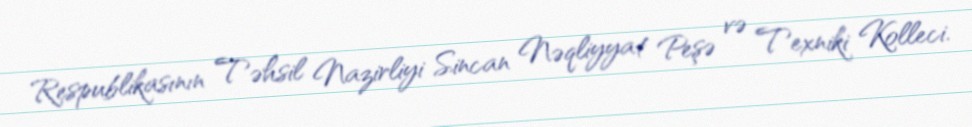
Respublikasının Təhsil Nazirliyi Sincan Nəqliyyat Peşə və Texniki Kolleci.